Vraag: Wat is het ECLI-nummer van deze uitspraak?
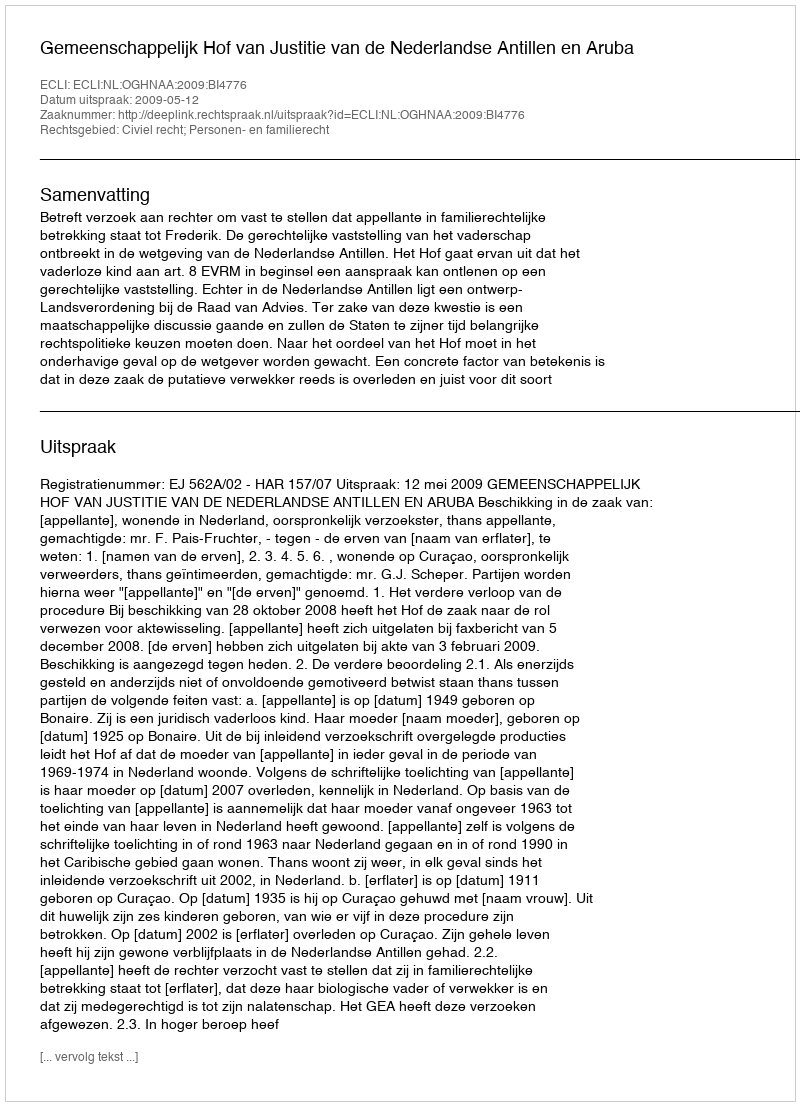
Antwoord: ECLI:NL:OGHNAA:2009:BI4776